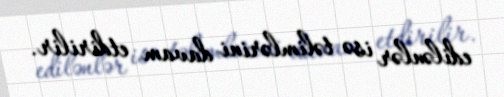
edilənlər isə təlimlərini davam etdirilir.